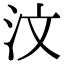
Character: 汶